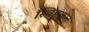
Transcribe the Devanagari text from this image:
स्विष्टकृत्